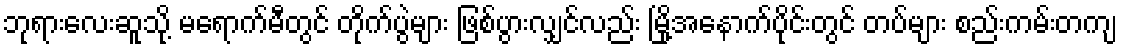
ဘုရားလေးဆူသို့ မရောက်မီတွင် တိုက်ပွဲများ ဖြစ်ပွားလျှင်လည်း မြို့အနောက်ပိုင်းတွင် တပ်များ စည်းကမ်းတကျ